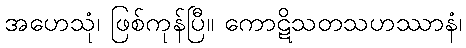
အဟေသုံ၊ ဖြစ်ကုန်ပြီ။ ကောဋိသတသဟဿာနံ၊